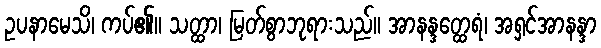
ဥပနာမေသိ၊ ကပ်၏။ သတ္ထာ၊ မြတ်စွာဘုရားသည်။ အာနန္ဒတ္ထေရံ၊ အရှင်အာနန္ဒာ